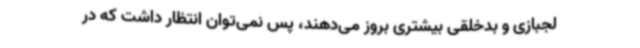
لجبازی و بدخلقی بیشتری بروز می‌دهند، پس نمی‌توان انتظار داشت که در